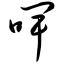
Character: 啤